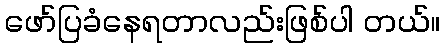
ဖော်ပြခံနေရတာလည်းဖြစ်ပါ တယ်။